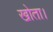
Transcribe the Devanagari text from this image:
खोता।